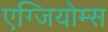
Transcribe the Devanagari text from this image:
एग्जियोम्स